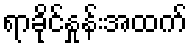
ရာခိုင်နှုန်းအထက်